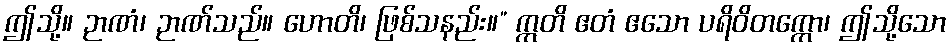
ဤသို့။ ဉာဏံ၊ ဉာဏ်သည်။ ဟောတိ၊ ဖြစ်သနည်း။” ဣတိ ဧတံ ဧသော ပရိဝိတက္ကော၊ ဤသို့သော